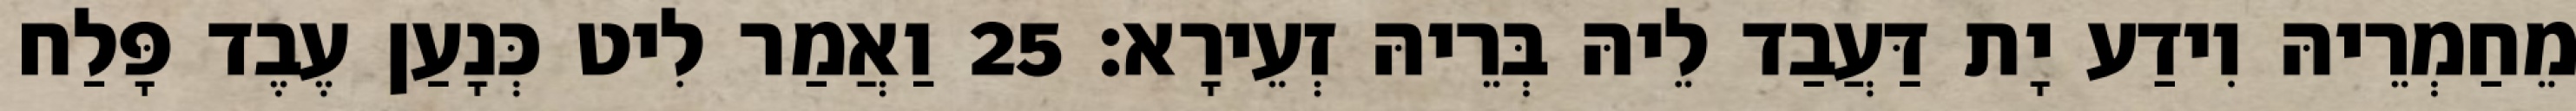
מֵחַמְרֵיהּ וִידַע יָת דַּעֲבַד לֵיהּ בְּרֵיהּ זְעֵירָא׃ 25 וַאֲמַר לִיט כְּנָעַן עֶבֶד פָּלַח